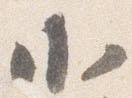
小